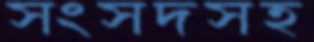
সংসদসহ